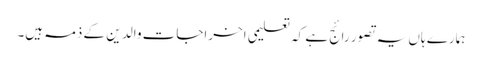
ہمارے ہاں یہ تصور رائج ہے کہ تعلیمی اخراجات والد ین کے ذمہ ہیں۔